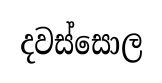
දවස්සොල